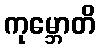
ကုမ္ဘောတိ